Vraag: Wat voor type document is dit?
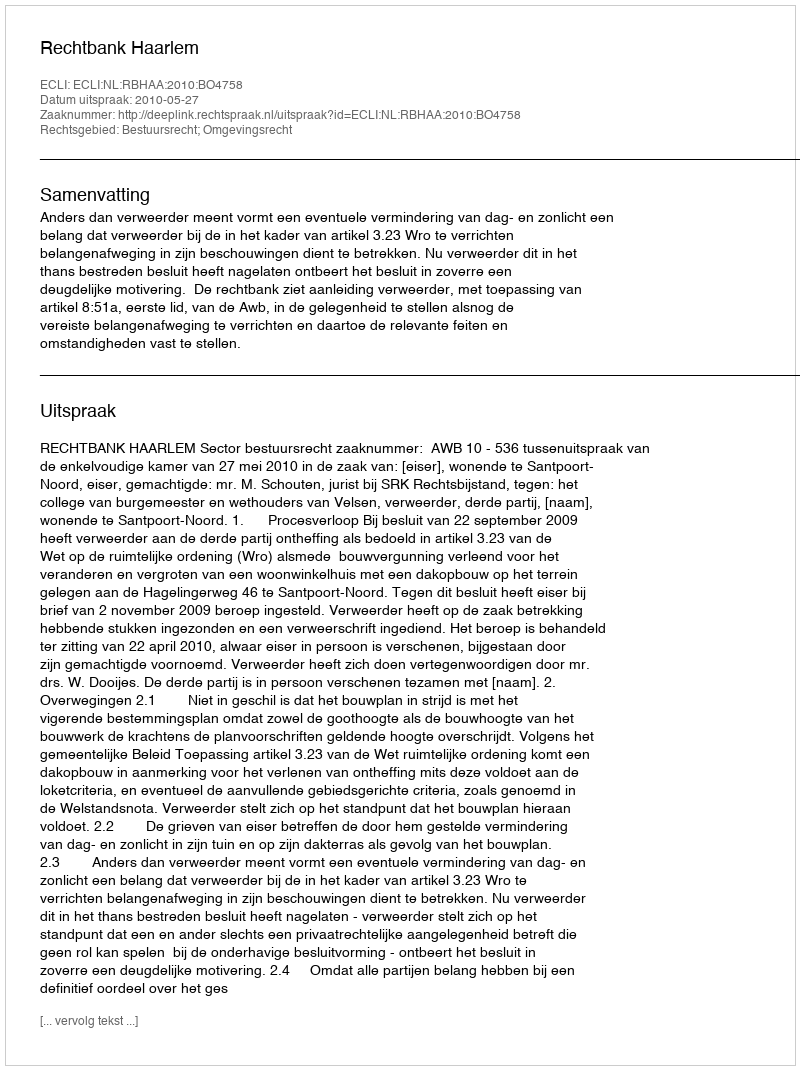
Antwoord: Uitspraak